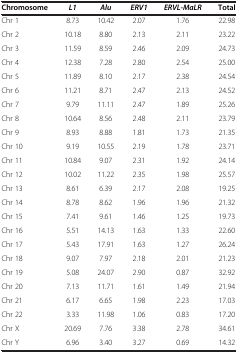
<table><thead><tr><td><b>Chromosome</b></td><td><b><i>L1</i></b></td><td><b><i>Alu</i></b></td><td><b><i>ERV1</i></b></td><td><b><i>ERVL-MaLR</i></b></td><td><b>Total</b></td></tr></thead><tbody><tr><td>Chr 1</td><td>8.73</td><td>10.42</td><td>2.07</td><td>1.76</td><td>22.98</td></tr><tr><td>Chr 2</td><td>10.18</td><td>8.80</td><td>2.13</td><td>2.11</td><td>23.22</td></tr><tr><td>Chr 3</td><td>11.59</td><td>8.59</td><td>2.46</td><td>2.09</td><td>24.73</td></tr><tr><td>Chr 4</td><td>12.38</td><td>7.28</td><td>2.80</td><td>2.54</td><td>25.00</td></tr><tr><td>Chr 5</td><td>11.89</td><td>8.10</td><td>2.17</td><td>2.38</td><td>24.54</td></tr><tr><td>Chr 6</td><td>11.21</td><td>8.71</td><td>2.47</td><td>2.13</td><td>24.52</td></tr><tr><td>Chr 7</td><td>9.79</td><td>11.11</td><td>2.47</td><td>1.89</td><td>25.26</td></tr><tr><td>Chr 8</td><td>10.64</td><td>8.56</td><td>2.48</td><td>2.11</td><td>23.79</td></tr><tr><td>Chr 9</td><td>8.93</td><td>8.88</td><td>1.81</td><td>1.73</td><td>21.35</td></tr><tr><td>Chr 10</td><td>9.19</td><td>10.55</td><td>2.19</td><td>1.78</td><td>23.71</td></tr><tr><td>Chr 11</td><td>10.84</td><td>9.07</td><td>2.31</td><td>1.92</td><td>24.14</td></tr><tr><td>Chr 12</td><td>10.02</td><td>11.22</td><td>2.35</td><td>1.98</td><td>25.57</td></tr><tr><td>Chr 13</td><td>8.61</td><td>6.39</td><td>2.17</td><td>2.08</td><td>19.25</td></tr><tr><td>Chr 14</td><td>8.78</td><td>8.62</td><td>1.96</td><td>1.96</td><td>21.32</td></tr><tr><td>Chr 15</td><td>7.41</td><td>9.61</td><td>1.46</td><td>1.25</td><td>19.73</td></tr><tr><td>Chr 16</td><td>5.51</td><td>14.13</td><td>1.63</td><td>1.33</td><td>22.60</td></tr><tr><td>Chr 17</td><td>5.43</td><td>17.91</td><td>1.63</td><td>1.27</td><td>26.24</td></tr><tr><td>Chr 18</td><td>9.07</td><td>7.97</td><td>2.18</td><td>2.01</td><td>21.23</td></tr><tr><td>Chr 19</td><td>5.08</td><td>24.07</td><td>2.90</td><td>0.87</td><td>32.92</td></tr><tr><td>Chr 20</td><td>7.13</td><td>11.71</td><td>1.61</td><td>1.49</td><td>21.94</td></tr><tr><td>Chr 21</td><td>6.17</td><td>6.65</td><td>1.98</td><td>2.23</td><td>17.03</td></tr><tr><td>Chr 22</td><td>3.33</td><td>11.98</td><td>1.06</td><td>0.83</td><td>17.20</td></tr><tr><td>Chr X</td><td>20.69</td><td>7.76</td><td>3.38</td><td>2.78</td><td>34.61</td></tr><tr><td>Chr Y</td><td>6.96</td><td>3.40</td><td>3.27</td><td>0.69</td><td>14.32</td></tr></tbody></table>